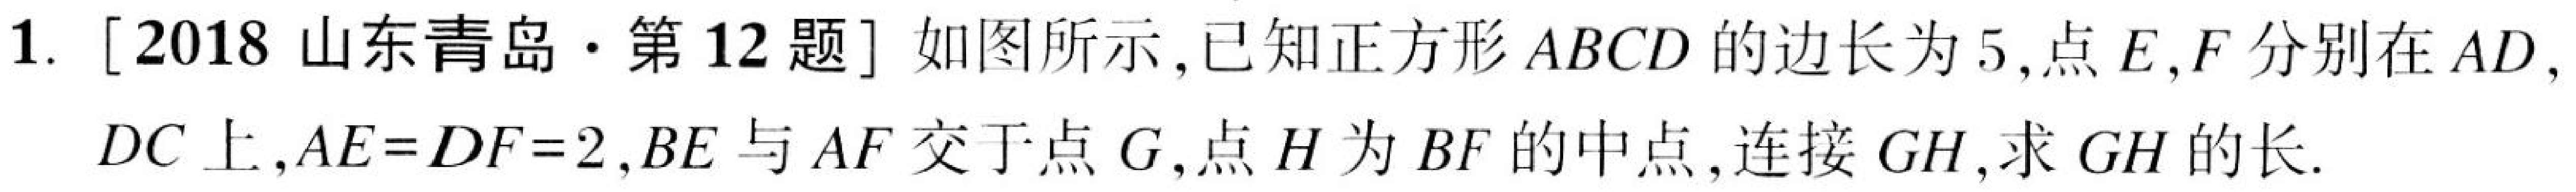
1. [2018山东青岛·第12题] 如图所示,已知正方形\(ABCD\)的边长为\(5\),点\(E,F\)分别在\(AD,\)
\(DC\)上,\(AE = DF = 2\),\(BE\)与\(AF\)交于点\(G\),点\(H\)为\(BF\)的中点,连接\(GH\),求\(GH\)的长.